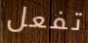
تفعل